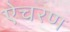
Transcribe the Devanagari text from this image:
ऐचरण